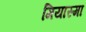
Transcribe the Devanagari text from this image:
मियास्मा